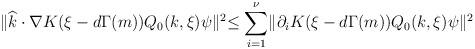
LaTeX: \begin{align*}\lVert \widehat{k}\cdot \nabla K(\xi-d\Gamma(m))Q_0(k,\xi)\psi \lVert^2\leq \sum_{i=1}^{\nu}\lVert \partial_i K(\xi-d\Gamma(m))Q_0(k,\xi)\psi \lVert^2\end{align*}